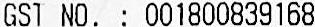
GST NO. : 001800839168